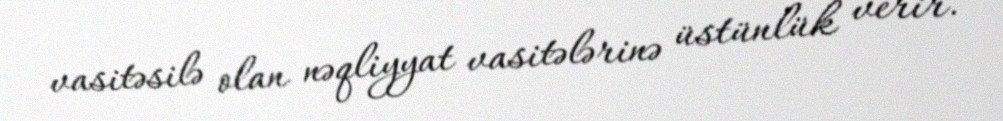
vasitəsilə olan nəqliyyat vasitələrinə üstünlük verir.